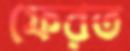
ফেরত